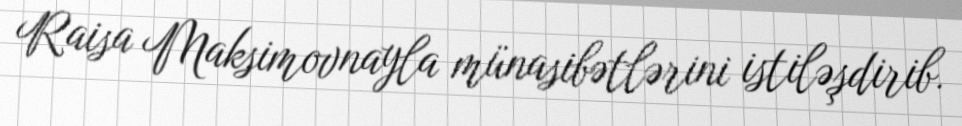
Raisa Maksimovnayla münasibətlərini istiləşdirib.